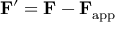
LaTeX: \mathbf { F } ^ { \prime } = \mathbf { F } - \mathbf { F } _ { \mathrm { a p p } }